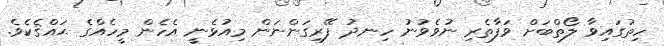
ހިތުގައިވާ ލޯތްބަށް ވަފާތެރި ނުވެވުނު ހިނދު ފޭރިގަންނަން މިއުޅެނީ އެހެން މީހެއްގެ ޙައްޤެކެވެ.